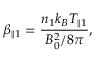
\beta _ { \parallel 1 } = \frac { n _ { 1 } k _ { B } T _ { \parallel 1 } } { B _ { 0 } ^ { 2 } / 8 \pi } ,